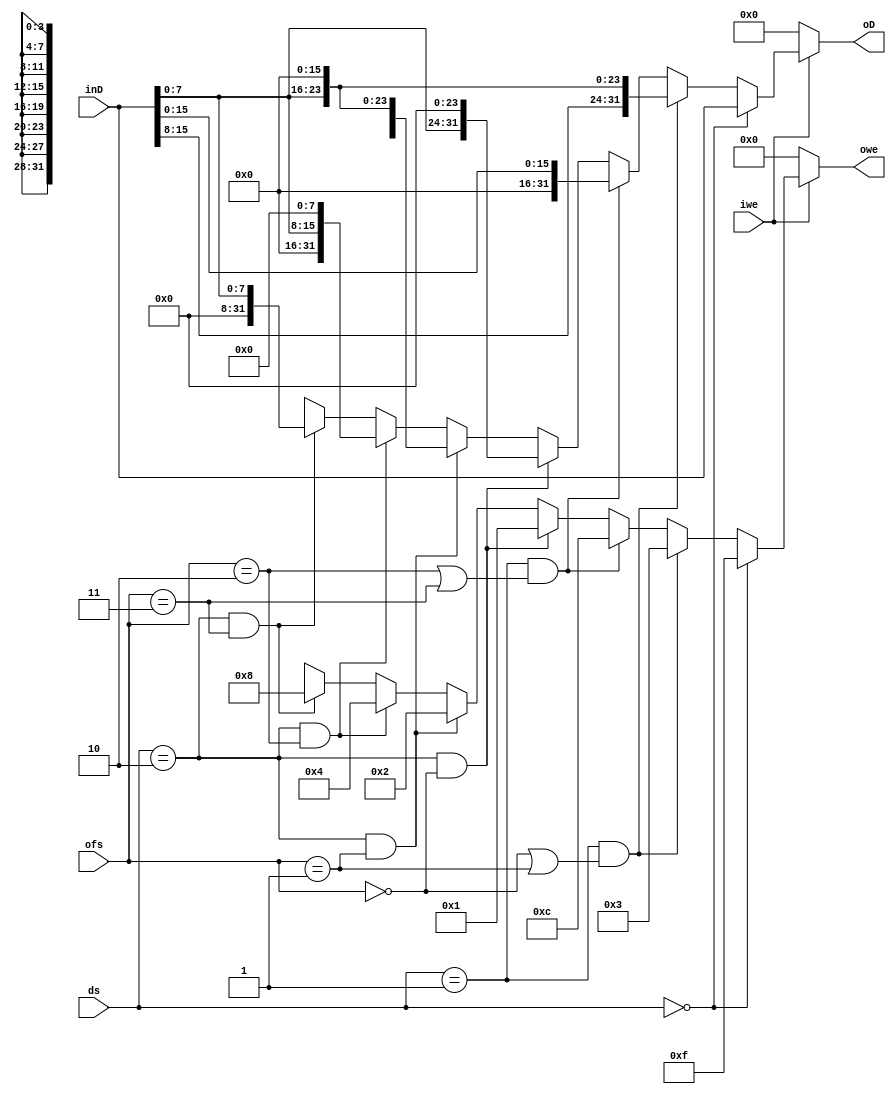
module MemoryWriteDataEncoder(
    input[31:0] inD,
    input[1:0] ofs,
    input iwe,
    input[1:0] ds,
    output[31:0] oD,
    output[3:0] owe
);

reg[31:0] o_oD;
reg[3:0] o_owe;
assign oD = o_oD;
assign owe = o_owe;

always @ (iwe or ofs or ds or inD)
    begin
        if(iwe)
            begin
                if(ds == 2'd0)
                    begin 
                        o_oD = inD;
                        o_owe = 4'b1111;
                    end
                else if(ds == 2'd1 && (ofs == 2'd0 || ofs == 2'd1))
                    begin 
                        o_oD = {{inD[15:0]},{16{1'b0}}};
                        o_owe = 4'b0011;
                    end
                    
                else if(ds == 2'd1 && (ofs == 2'd2 || ofs == 2'd3))
                    begin 
                        o_oD = {{16{1'b0}},{inD[15:0]}};
                        o_owe = 4'b1100;
                    end
                
                else if(ds == 2'd2 && ofs == 2'd0)
                    begin 
                        o_oD = {{inD[7:0]},{24{1'h0}}};
                        o_owe = 4'b0001;
                    end
                    
                else if(ds == 2'd2 && ofs == 2'd1)
                    begin 
                        o_oD =  {{8{1'h0}},{inD[7:0]},{16{1'h0}}};
                        o_owe = 4'b0010;
                    end
                else if(ds == 2'd2 && ofs == 2'd2)
                    begin 
                        o_oD = {{16{1'h0}},{inD[7:0]},{8{1'h0}}};
                        o_owe = 4'b0100;
                    end
                    
                else if(ds == 2'd2 && ofs == 2'd3)
                    begin 
                        o_oD = {{24{1'h0}},{inD[7:0]}};
                        o_owe = 4'b1000;
                    end
                else
                    begin
                        o_oD = 32'dx;
                        o_owe = 4'dx;
                    end
            end
        else
            begin 
                o_oD = 32'd0;
                o_owe = 4'd0;
            end
    end

endmodule